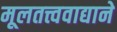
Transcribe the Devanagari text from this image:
मूलतत्त्ववाद्याने